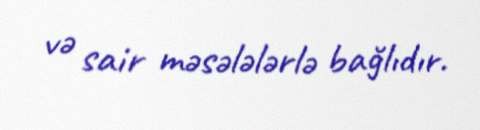
və sair məsələlərlə bağlıdır.